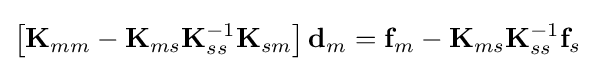
\left[\mathbf {K} _{mm}-\mathbf {K} _{ms}\mathbf {K} _{ss}^{-1}\mathbf {K} _{sm}\right]\mathbf {d} _{m}=\mathbf {f} _{m}-\mathbf {K} _{ms}\mathbf {K} _{ss}^{-1}\mathbf {f} _{s}